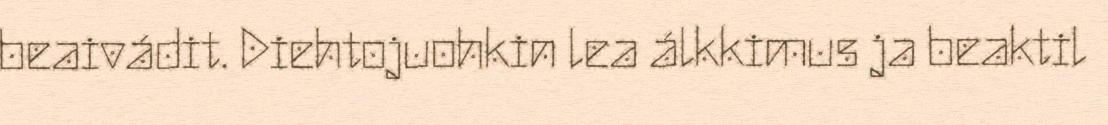
beaivádit. Diehtojuohkin lea álkkimus ja beaktil